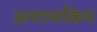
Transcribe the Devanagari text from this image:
अशासकिय